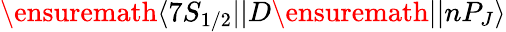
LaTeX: \ensuremath{\langle 7S_{1/2}||}D\ensuremath{||nP_{J}\rangle}